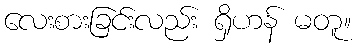
လေးစားခြင်းလည်း ရှိဟန် မတူ။